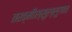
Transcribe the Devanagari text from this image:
तख्मीस्सुल्लुगात